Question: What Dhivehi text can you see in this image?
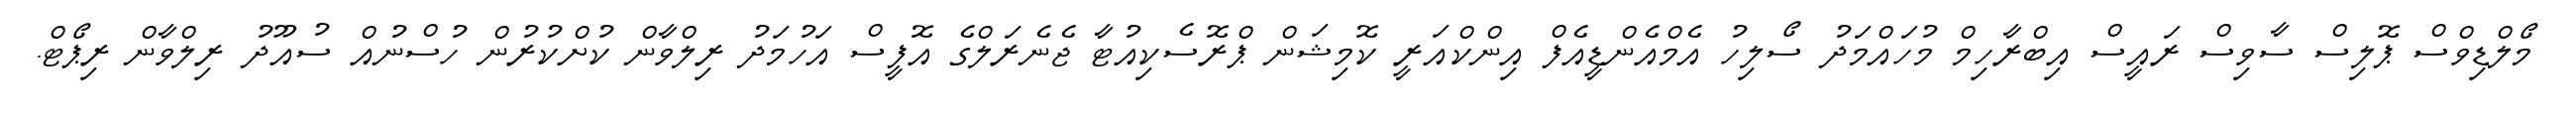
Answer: މޯލްޑިވްސް ޕޮލިސް ސާވިސް ރައީސް އިބްރާހިމް މުހައްމަދު ސޯލިހު އެމްއެންޑީއެފް އިންކްއަރީ ކޮމިޝަން ޕްރޮސެކިއުޓާ ޖެނެރަލްގެ އޮފީސް އަހުމަދު ރިލްވާން ކުށްކުރުން ހުސްނުއް ސުއޫދު ރިލްވާން ރިޕޯޓް.